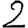
Digit: 2